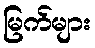
မြက်များ